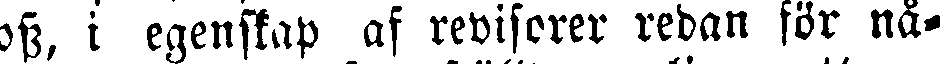
oss, i egenskap af revisorer redan för nå-